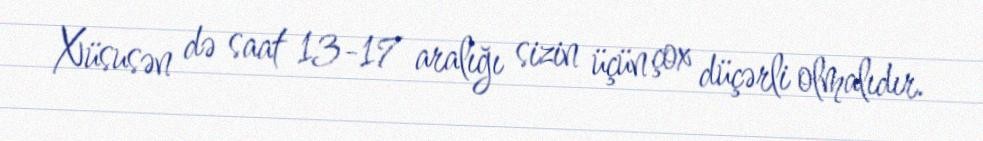
Xüsusən də saat 13-17 aralığı sizin üçün çox düçərli olmalıdır.